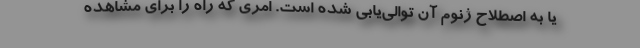
یا به اصطلاح ژنوم آن توالی‌یابی شده است. امری که راه را برای مشاهده